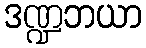
ဒဏ္ဍဘယာ